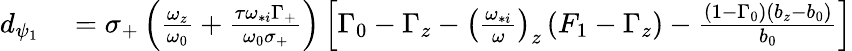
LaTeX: \begin{array}{rl}{d_{\psi_{1}}}&{{}=\sigma_{+}\left(\frac{\omega_{z}}{\omega_{0}}+\frac{\tau\omega_{*i}\Gamma_{+}}{\omega_{0}\sigma_{+}}\right)\left[\Gamma_{0}-\Gamma_{z}-\left(\frac{\omega_{*i}}{\omega}\right)_{z}\left(F_{1}-\Gamma_{z}\right)-\frac{\left(1-\Gamma_{0}\right)\left(b_{z}-b_{0}\right)}{b_{0}}\right]}\end{array}